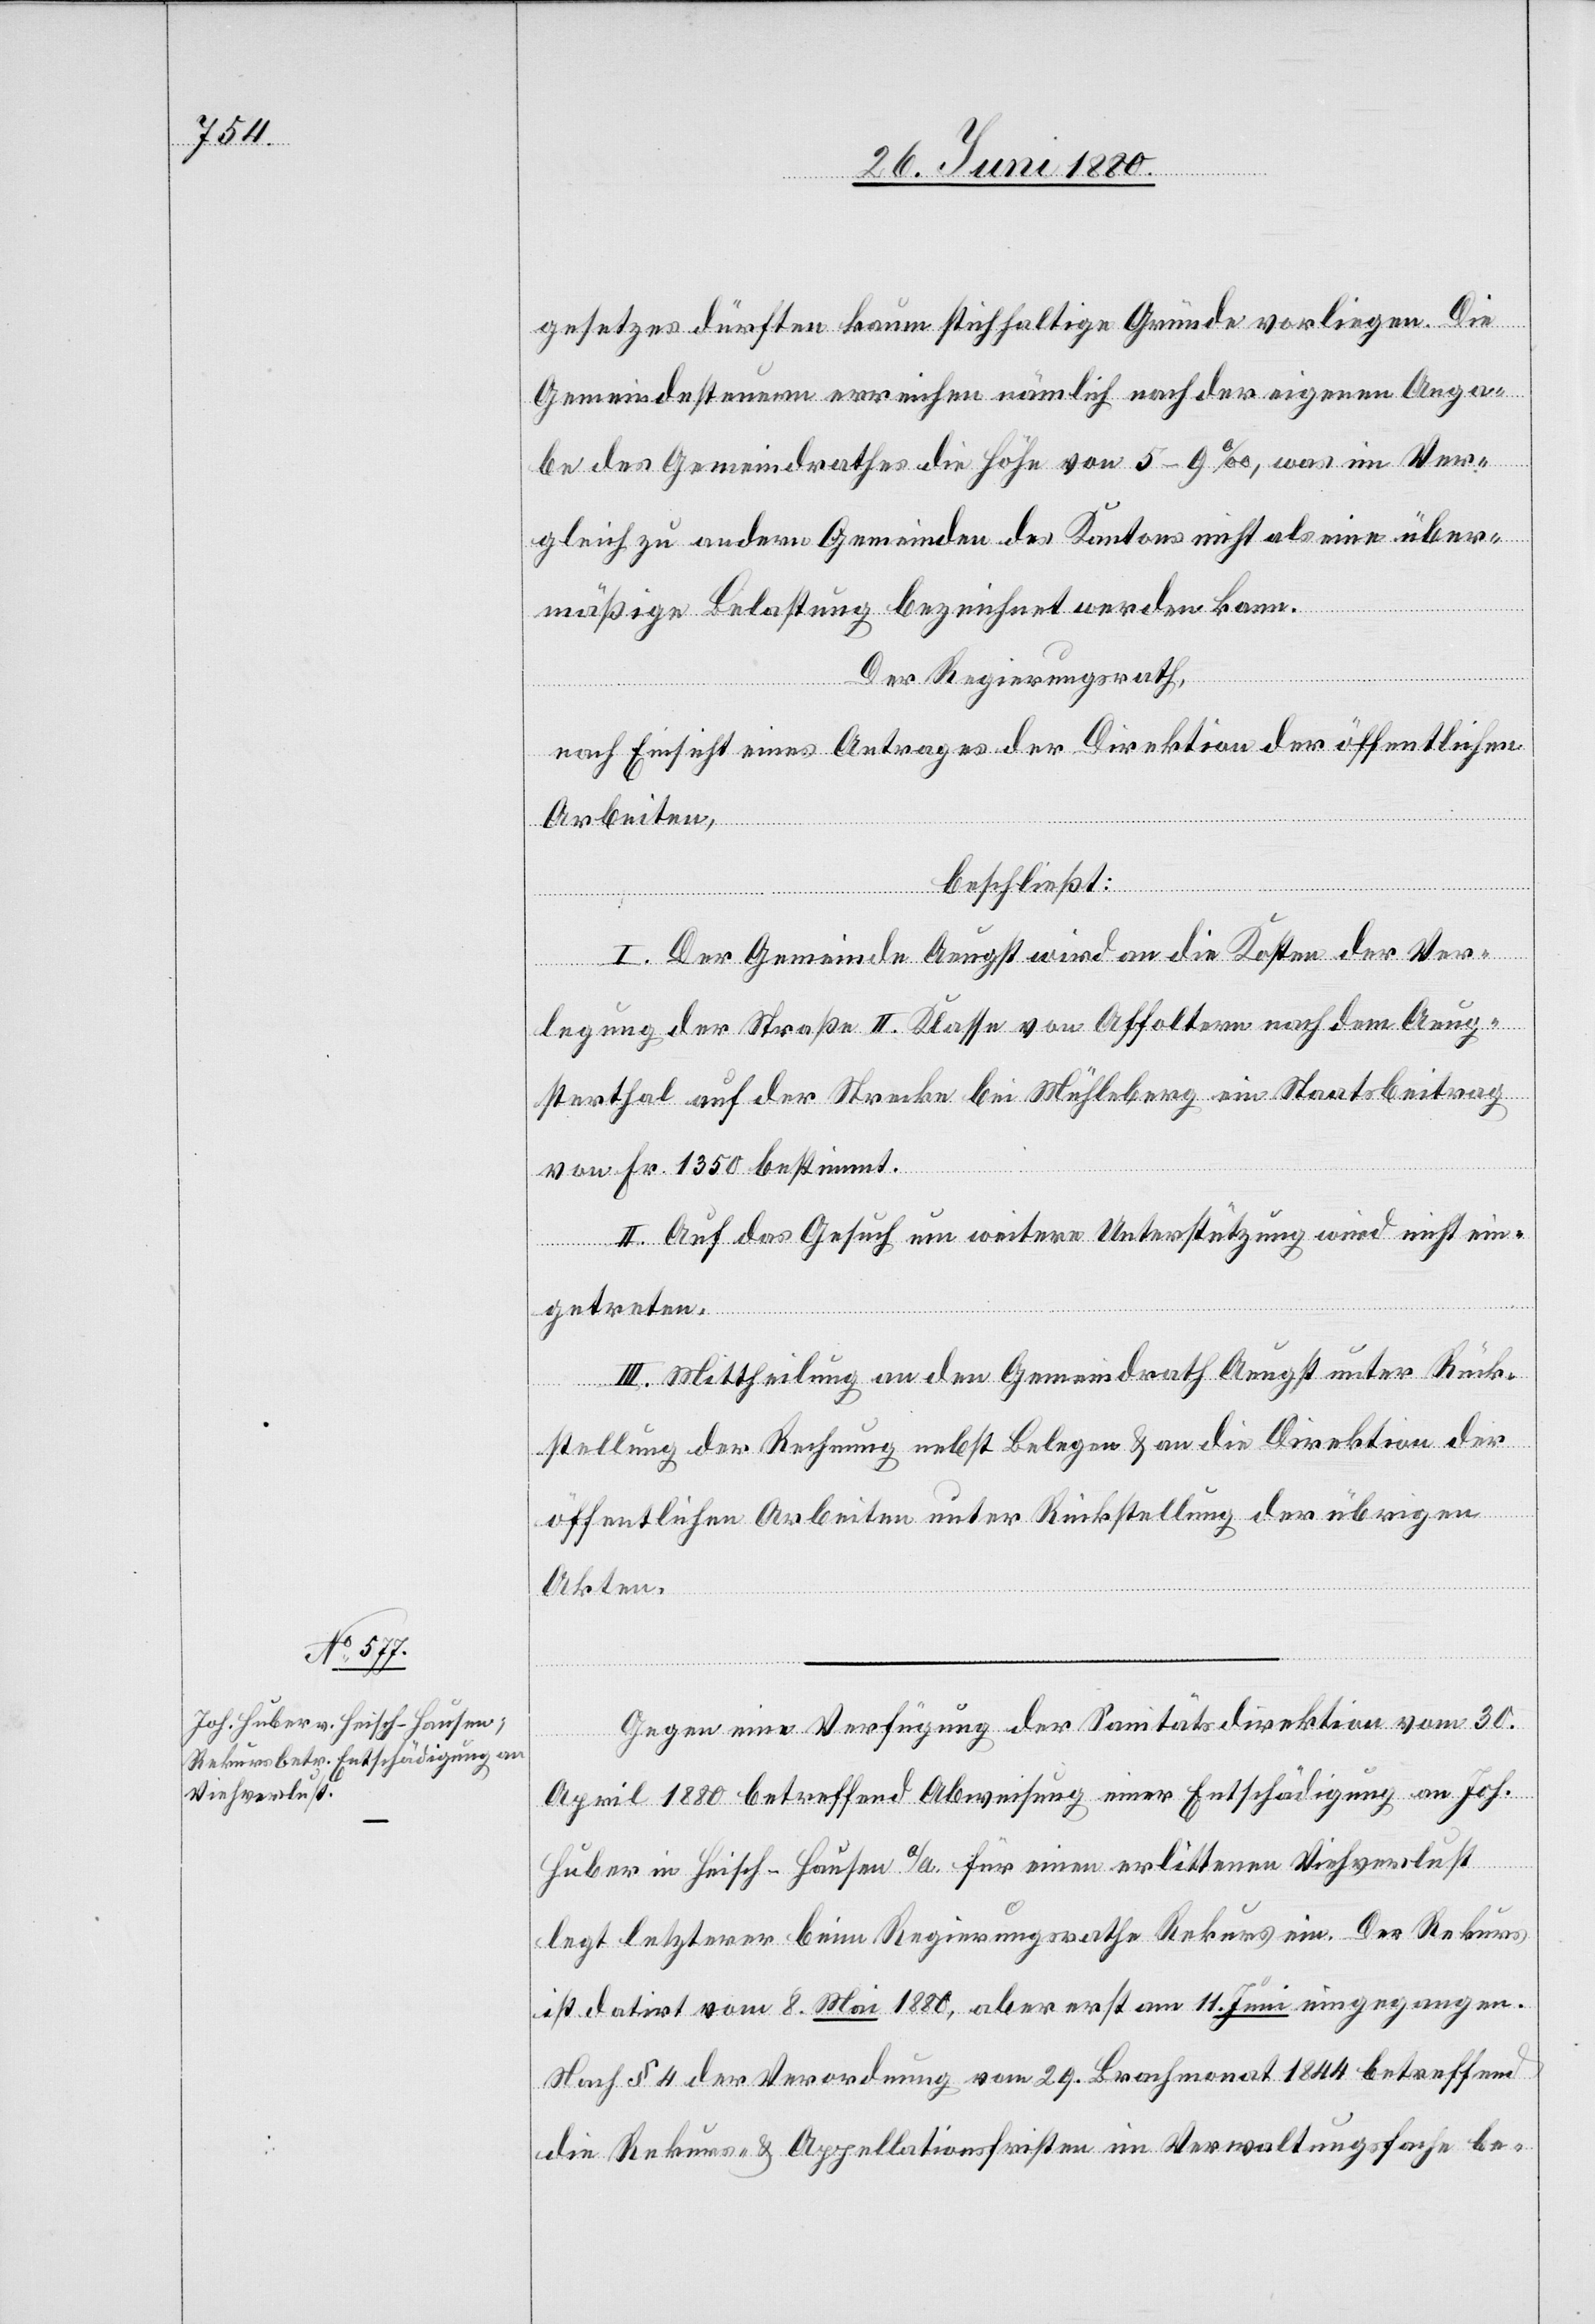
gesetzes dürften kaum stichhaltige Gründe vorliegen. Die
Gemeindesteuern erreichen nämlich nach der eigenen Anga¬
be des Gemeindrathes die Höhe von 5–9‰, was im Ver¬
gleich zu andern Gemeinden des Kantons nicht als eine über¬
mäßige Belastung bezeichnet werden kann.
Der Regierungsrath,
nach Einsicht eines Antrages der Direktion der öffentlichen
Arbeiten,
beschließt:
I. Der Gemeinde Aeugst wird an die Kosten der Ver¬
legung der Straße II. Klasse von Affoltern nach dem Aeug¬
sterthal auf der Strecke bei Mühleberg ein Staatsbeitrag
von Fr. 1350 bestimmt.
II. Auf das Gesuch um weitere Unterstützung wird nicht ein¬
getreten.
III. Mittheilung an den Gemeindrath Aeugst unter Rück¬
stellung der Rechnung nebst Belegen & an die Direktion der
öffentlichen Arbeiten unter Rückstellung der übrigen
Akten.
Gegen eine Verfügung der Sanitätsdirektion vom 30.
April 1880 betreffend Abweisung einer Entschädigung an Joh.
Huber in Heisch - Hausen a/A. für einen erlittenen Viehverlust
legt letzterer beim Regierungsrathe Rekurs ein. Der Rekurs
ist datirt vom 8. Mai 1880, aber erst am 11. Juni eingegangen.
Nach § 4 der Verordnung vom 29. Brachmonat 1844 betreffend
die Rekurs- & Appellationsfristen im Verwaltungsfache be-